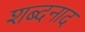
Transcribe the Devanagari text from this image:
शब्दनाद